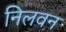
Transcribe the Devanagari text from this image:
निलवन